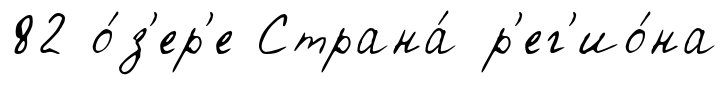
82 о́з'ер'е Страна́ р'ег'ио́на